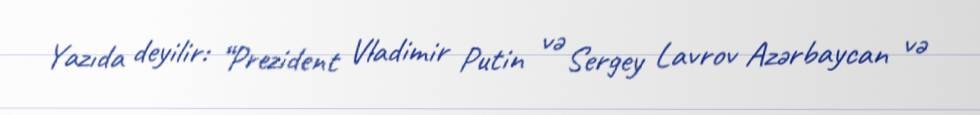
Yazıda deyilir: “Prezident Vladimir Putin və Sergey Lavrov Azərbaycan və